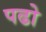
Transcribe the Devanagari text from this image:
पढो